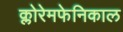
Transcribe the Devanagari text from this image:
क्लोरेमफेनिकाल